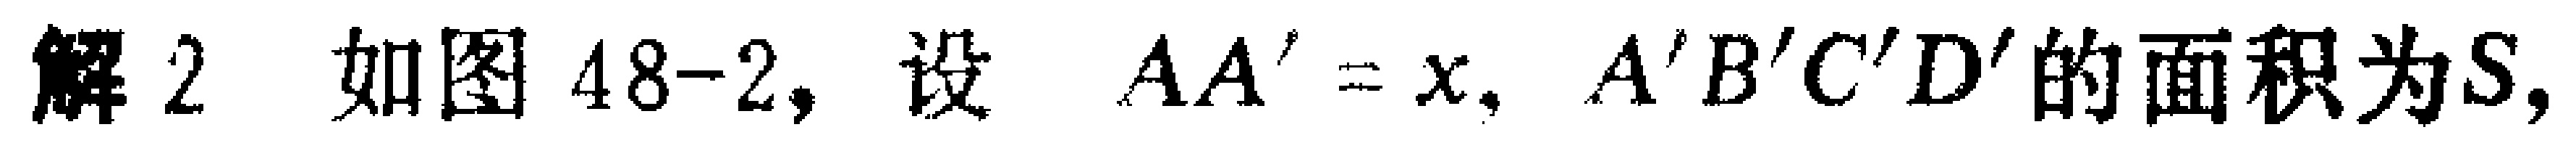
解2 如图48-2, 设 \(AA' = x\), \(A'B'C'D'\)的面积为\(S\),